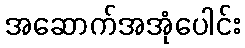
အဆောက်အအုံပေါင်း